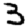
Digit: 3